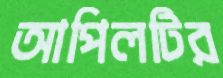
আপিলটির